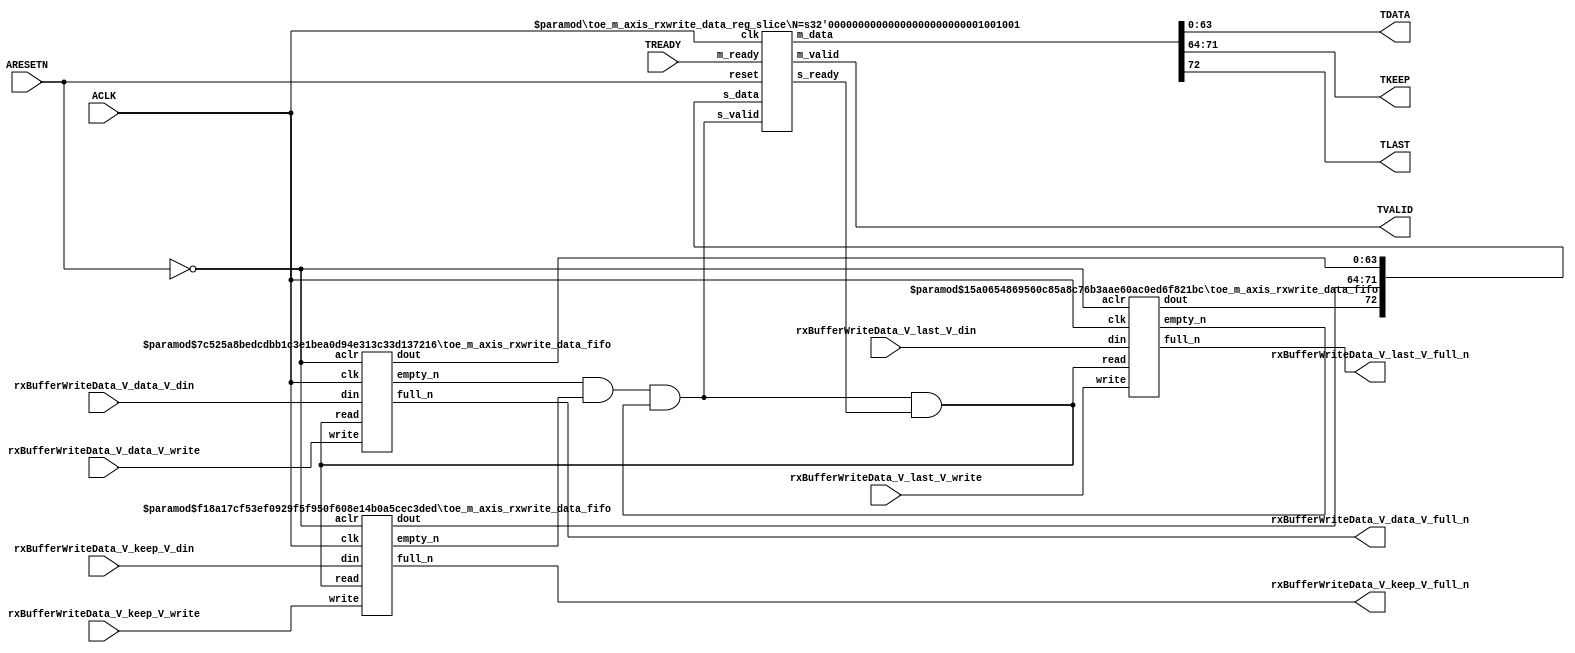
// ==============================================================
// File generated by Vivado(TM) HLS - High-Level Synthesis from C, C++ and SystemC
// Version: 2015.1
// Copyright (C) 2015 Xilinx Inc. All rights reserved.
// 
// ==============================================================


`timescale 1ns/1ps

module toe_m_axis_rxwrite_data_if (
    // AXI4-Stream singals
    input  wire        ACLK,
    input  wire        ARESETN,
    output wire        TVALID,
    input  wire        TREADY,
    output wire [63:0] TDATA,
    output wire [7:0]  TKEEP,
    output wire [0:0]  TLAST,
    // User signals
    input  wire [63:0] rxBufferWriteData_V_data_V_din,
    output wire        rxBufferWriteData_V_data_V_full_n,
    input  wire        rxBufferWriteData_V_data_V_write,
    input  wire [7:0]  rxBufferWriteData_V_keep_V_din,
    output wire        rxBufferWriteData_V_keep_V_full_n,
    input  wire        rxBufferWriteData_V_keep_V_write,
    input  wire [0:0]  rxBufferWriteData_V_last_V_din,
    output wire        rxBufferWriteData_V_last_V_full_n,
    input  wire        rxBufferWriteData_V_last_V_write
);
//------------------------Local signal-------------------
// FIFO
wire [0:0]  fifo_read;
wire [0:0]  fifo_empty_n;
wire [63:0] rxBufferWriteData_V_data_V_dout;
wire [0:0]  rxBufferWriteData_V_data_V_empty_n;
wire [7:0]  rxBufferWriteData_V_keep_V_dout;
wire [0:0]  rxBufferWriteData_V_keep_V_empty_n;
wire [0:0]  rxBufferWriteData_V_last_V_dout;
wire [0:0]  rxBufferWriteData_V_last_V_empty_n;
// register slice
wire [0:0]  s_valid;
wire [0:0]  s_ready;
wire [72:0] s_data;
wire [0:0]  m_valid;
wire [0:0]  m_ready;
wire [72:0] m_data;

//------------------------Instantiation------------------
// rs
toe_m_axis_rxwrite_data_reg_slice #(
    .N       ( 73 )
) rs (
    .clk     ( ACLK ),
    .reset   ( ARESETN ),
    .s_data  ( s_data ),
    .s_valid ( s_valid ),
    .s_ready ( s_ready ),
    .m_data  ( m_data ),
    .m_valid ( m_valid ),
    .m_ready ( m_ready )
);

// rxBufferWriteData_V_data_V_fifo
toe_m_axis_rxwrite_data_fifo #(
    .DATA_BITS  ( 64 ),
    .DEPTH_BITS ( 4 )
) rxBufferWriteData_V_data_V_fifo (
    .clk        ( ACLK ),
    .aclr       ( ~ARESETN ),
    .empty_n    ( rxBufferWriteData_V_data_V_empty_n ),
    .full_n     ( rxBufferWriteData_V_data_V_full_n ),
    .read       ( fifo_read ),
    .write      ( rxBufferWriteData_V_data_V_write ),
    .dout       ( rxBufferWriteData_V_data_V_dout ),
    .din        ( rxBufferWriteData_V_data_V_din )
);

// rxBufferWriteData_V_keep_V_fifo
toe_m_axis_rxwrite_data_fifo #(
    .DATA_BITS  ( 8 ),
    .DEPTH_BITS ( 4 )
) rxBufferWriteData_V_keep_V_fifo (
    .clk        ( ACLK ),
    .aclr       ( ~ARESETN ),
    .empty_n    ( rxBufferWriteData_V_keep_V_empty_n ),
    .full_n     ( rxBufferWriteData_V_keep_V_full_n ),
    .read       ( fifo_read ),
    .write      ( rxBufferWriteData_V_keep_V_write ),
    .dout       ( rxBufferWriteData_V_keep_V_dout ),
    .din        ( rxBufferWriteData_V_keep_V_din )
);

// rxBufferWriteData_V_last_V_fifo
toe_m_axis_rxwrite_data_fifo #(
    .DATA_BITS  ( 1 ),
    .DEPTH_BITS ( 4 )
) rxBufferWriteData_V_last_V_fifo (
    .clk        ( ACLK ),
    .aclr       ( ~ARESETN ),
    .empty_n    ( rxBufferWriteData_V_last_V_empty_n ),
    .full_n     ( rxBufferWriteData_V_last_V_full_n ),
    .read       ( fifo_read ),
    .write      ( rxBufferWriteData_V_last_V_write ),
    .dout       ( rxBufferWriteData_V_last_V_dout ),
    .din        ( rxBufferWriteData_V_last_V_din )
);

//------------------------Body---------------------------
//++++++++++++++++++++++++AXI4-Stream++++++++++++++++++++
assign TVALID = m_valid;
assign TDATA  = m_data[63:0];
assign TKEEP  = m_data[71:64];
assign TLAST  = m_data[72:72];

//+++++++++++++++++++++++++++++++++++++++++++++++++++++++

//++++++++++++++++++++++++Reigister Slice++++++++++++++++
assign s_valid = fifo_empty_n;
assign m_ready = TREADY;
assign s_data  = {rxBufferWriteData_V_last_V_dout, rxBufferWriteData_V_keep_V_dout, rxBufferWriteData_V_data_V_dout};

//+++++++++++++++++++++++++++++++++++++++++++++++++++++++

//++++++++++++++++++++++++FIFO+++++++++++++++++++++++++++
assign fifo_read    = fifo_empty_n & s_ready;
assign fifo_empty_n = rxBufferWriteData_V_data_V_empty_n & rxBufferWriteData_V_keep_V_empty_n & rxBufferWriteData_V_last_V_empty_n;

//+++++++++++++++++++++++++++++++++++++++++++++++++++++++

endmodule



`timescale 1ns/1ps

module toe_m_axis_rxwrite_data_fifo
#(parameter
    DATA_BITS  = 8,
    DEPTH_BITS = 4
)(
    input  wire                 clk,
    input  wire                 aclr,
    output wire                 empty_n,
    output wire                 full_n,
    input  wire                 read,
    input  wire                 write,
    output wire [DATA_BITS-1:0] dout,
    input  wire [DATA_BITS-1:0] din
);
//------------------------Parameter----------------------
localparam
    DEPTH = 1 << DEPTH_BITS;
//------------------------Local signal-------------------
reg                   empty;
reg                   full;
reg  [DEPTH_BITS-1:0] index;
reg  [DATA_BITS-1:0]  mem[0:DEPTH-1];
//------------------------Body---------------------------
assign empty_n = ~empty;
assign full_n  = ~full;
assign dout    = mem[index];

// empty
always @(posedge clk or posedge aclr) begin
    if (aclr)
        empty <= 1'b1;
    else if (empty & write & ~read)
        empty <= 1'b0;
    else if (~empty & ~write & read & (index==1'b0))
        empty <= 1'b1;
end

// full
always @(posedge clk or posedge aclr) begin
    if (aclr)
        full <= 1'b0;
    else if (full & read & ~write)
        full <= 1'b0;
    else if (~full & ~read & write & (index==DEPTH-2'd2))
        full <= 1'b1;
end

// index
always @(posedge clk or posedge aclr) begin
    if (aclr)
        index <= {DEPTH_BITS{1'b1}};
    else if (~empty & ~write & read)
        index <= index - 1'b1;
    else if (~full & ~read & write)
        index <= index + 1'b1;
end

// mem
always @(posedge clk) begin
    if (~full & write) mem[0] <= din;
end

genvar i;
generate
    for (i = 1; i < DEPTH; i = i + 1) begin : gen_sr
        always @(posedge clk) begin
            if (~full & write) mem[i] <= mem[i-1];
        end
    end
endgenerate

endmodule

`timescale 1ns/1ps

module toe_m_axis_rxwrite_data_reg_slice
#(parameter
    N = 8   // data width
) (
    // system signals
    input  wire         clk,
    input  wire         reset,
    // slave side
    input  wire [N-1:0] s_data,
    input  wire         s_valid,
    output wire         s_ready,
    // master side
    output wire [N-1:0] m_data,
    output wire         m_valid,
    input  wire         m_ready
);
//------------------------Parameter----------------------
// state
localparam [1:0]
    ZERO = 2'b10,
    ONE  = 2'b11,
    TWO  = 2'b01;
//------------------------Local signal-------------------
reg  [N-1:0] data_p1;
reg  [N-1:0] data_p2;
wire         load_p1;
wire         load_p2;
wire         load_p1_from_p2;
reg          s_ready_t;
reg  [1:0]   state;
reg  [1:0]   next;
//------------------------Body---------------------------
assign s_ready = s_ready_t;
assign m_data  = data_p1;
assign m_valid = state[0];

assign load_p1 = (state == ZERO && s_valid) ||
                 (state == ONE && s_valid && m_ready) ||
                 (state == TWO && m_ready);
assign load_p2 = s_valid & s_ready;
assign load_p1_from_p2 = (state == TWO);

// data_p1
always @(posedge clk) begin
    if (load_p1) begin
        if (load_p1_from_p2)
            data_p1 <= data_p2;
        else
            data_p1 <= s_data;
    end
end

// data_p2
always @(posedge clk) begin
    if (load_p2) data_p2 <= s_data;
end

// s_ready_t
always @(posedge clk) begin
    if (~reset)
        s_ready_t <= 1'b0;
    else if (state == ZERO)
        s_ready_t <= 1'b1;
    else if (state == ONE && next == TWO)
        s_ready_t <= 1'b0;
    else if (state == TWO && next == ONE)
        s_ready_t <= 1'b1;
end

// state
always @(posedge clk) begin
    if (~reset)
        state <= ZERO;
    else
        state <= next;
end

// next
always @(*) begin
    case (state)
        ZERO:
            if (s_valid & s_ready)
                next = ONE;
            else
                next = ZERO;
        ONE:
            if (~s_valid & m_ready)
                next = ZERO;
            else if (s_valid & ~m_ready)
                next = TWO;
            else
                next = ONE;
        TWO:
            if (m_ready)
                next = ONE;
            else
                next = TWO;
        default:
            next = ZERO;
    endcase
end

endmodule